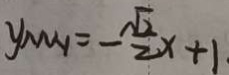
y _ { M N } = - \frac { \sqrt { 2 } } { 2 } x + 1 \cdot